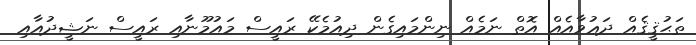
ތަޙުޤީޤެއް ދަޢުވާއެއް އޮތް ނަމެއް ނިންމައިގެން ދިއުމެކޭ ރައީސް މައުމޫނާއި ރައީސް ނަޝީދުއާއި